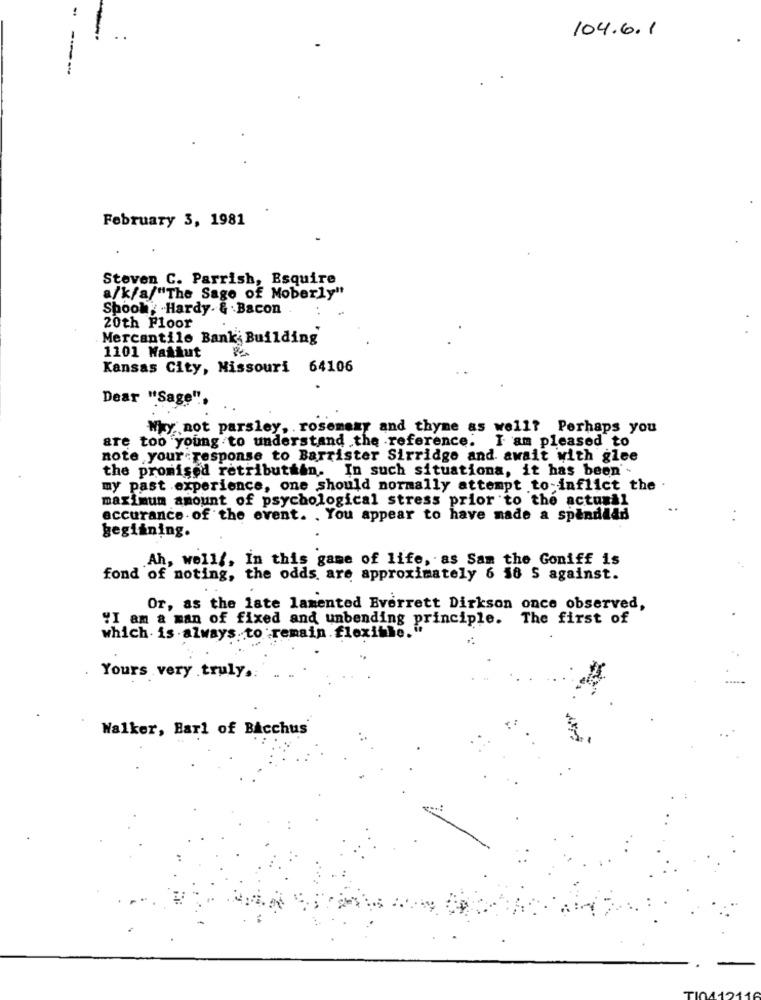
104.6.1
----
February 3, 1981
Steven C. Parrish, Esquire
a/k/a/"The Sago of Moberly"
Spool Hardy. & Bacon
20th Floor
Mercantile Bank; Building
1101 Wasiut
Kansas City, Missouri 64106
Dear "Sage".
Why not parsley, rosemeny and thyme as well? Perhaps you
are too young to understand the reference.
I am pleased to
note your response to Barrister Sirridge and await with glee
the promised retributhan. In such situationa, it has been'-
my past experience, one should normally attempt to-inflict the
maximum amount of psychological stress prior to the actunil
accurance of the event. . You appear to have made a spendlad
Beginning.
.Ah, wellf, In this game of life, as Sam the Goniff is
fond of noting, the odds are approximately 6 56 S against.
Or, as the late lamented Everrett Dirkson once observed,
"I am a man of fixed and unbending principle.
The first of
which is always. to remain flexible."
Yours very truly.
Walker, Barl of Bacchus